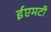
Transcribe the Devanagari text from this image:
ईएमटी